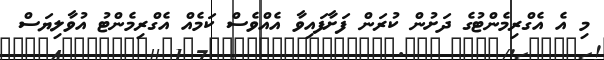
މި އެ އެގްރިމެންޓުގެ ދަށުން ކުރަން ފަށާފައިވާ އެއްވެސް ކަމެއް އެގްރިމެންޓު އުވާލިޔަސް